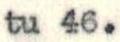
tu 46.